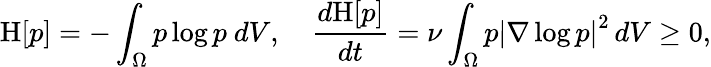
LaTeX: \mathrm{H}[p]=-\int_{\Omega}p\log p\ dV,\quad\frac{d\mathrm{H}[p]}{dt}=\nu\int_{\Omega}p\left\lvert{\nabla\log p}\right\rvert^{2}\, dV\ge 0,